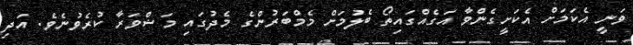
ވަނީ އެކަމަށް އެކަށީގެންވާ އަގެއްގައިތޯ ބެލުމަށް މެމްބަރުންގެ މެދުގައި މަޝްވަރާ ކުރެވުނެވެ. އަދި